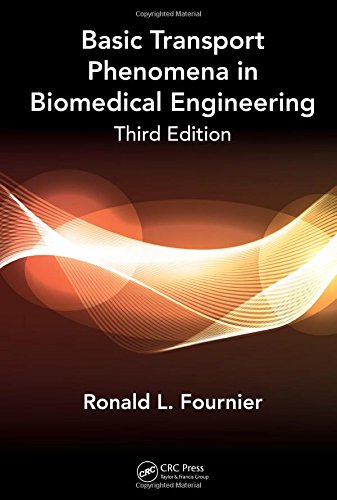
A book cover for Basic Transport Phenomena in Biomedical Engineering,Third Edition; Ronald L. Fournier; Science & Math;